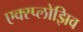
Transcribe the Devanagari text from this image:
एक्स्प्लोझिव